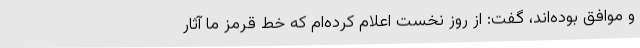
و موافق بوده‌اند، گفت: از روز نخست اعلام کرده‌ام که خط قرمز ما آثار